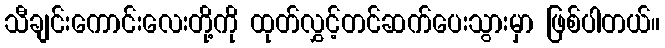
သီချင်းကောင်းလေးတို့ကို ထုတ်လွှင့်တင်ဆက်ပေးသွားမှာ ဖြစ်ပါတယ်။